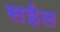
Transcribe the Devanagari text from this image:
सईल